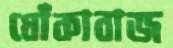
ধোঁকাবাজ